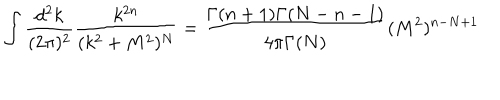
\int \frac { d ^ { 2 } k } { ( 2 \pi ) ^ { 2 } } \frac { k ^ { 2 n } } { ( k ^ { 2 } + M ^ { 2 } ) ^ { N } } = \frac { \Gamma ( n + 1 ) \Gamma ( N - n - 1 ) } { 4 \pi \Gamma ( N ) } ( M ^ { 2 } ) ^ { n - N + 1 } \,